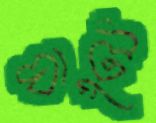
ঘাটু